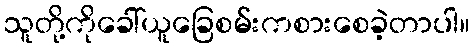
သူတို့ကိုခေါ်ယူခြေစမ်းကစားစေခဲ့တာပါ။